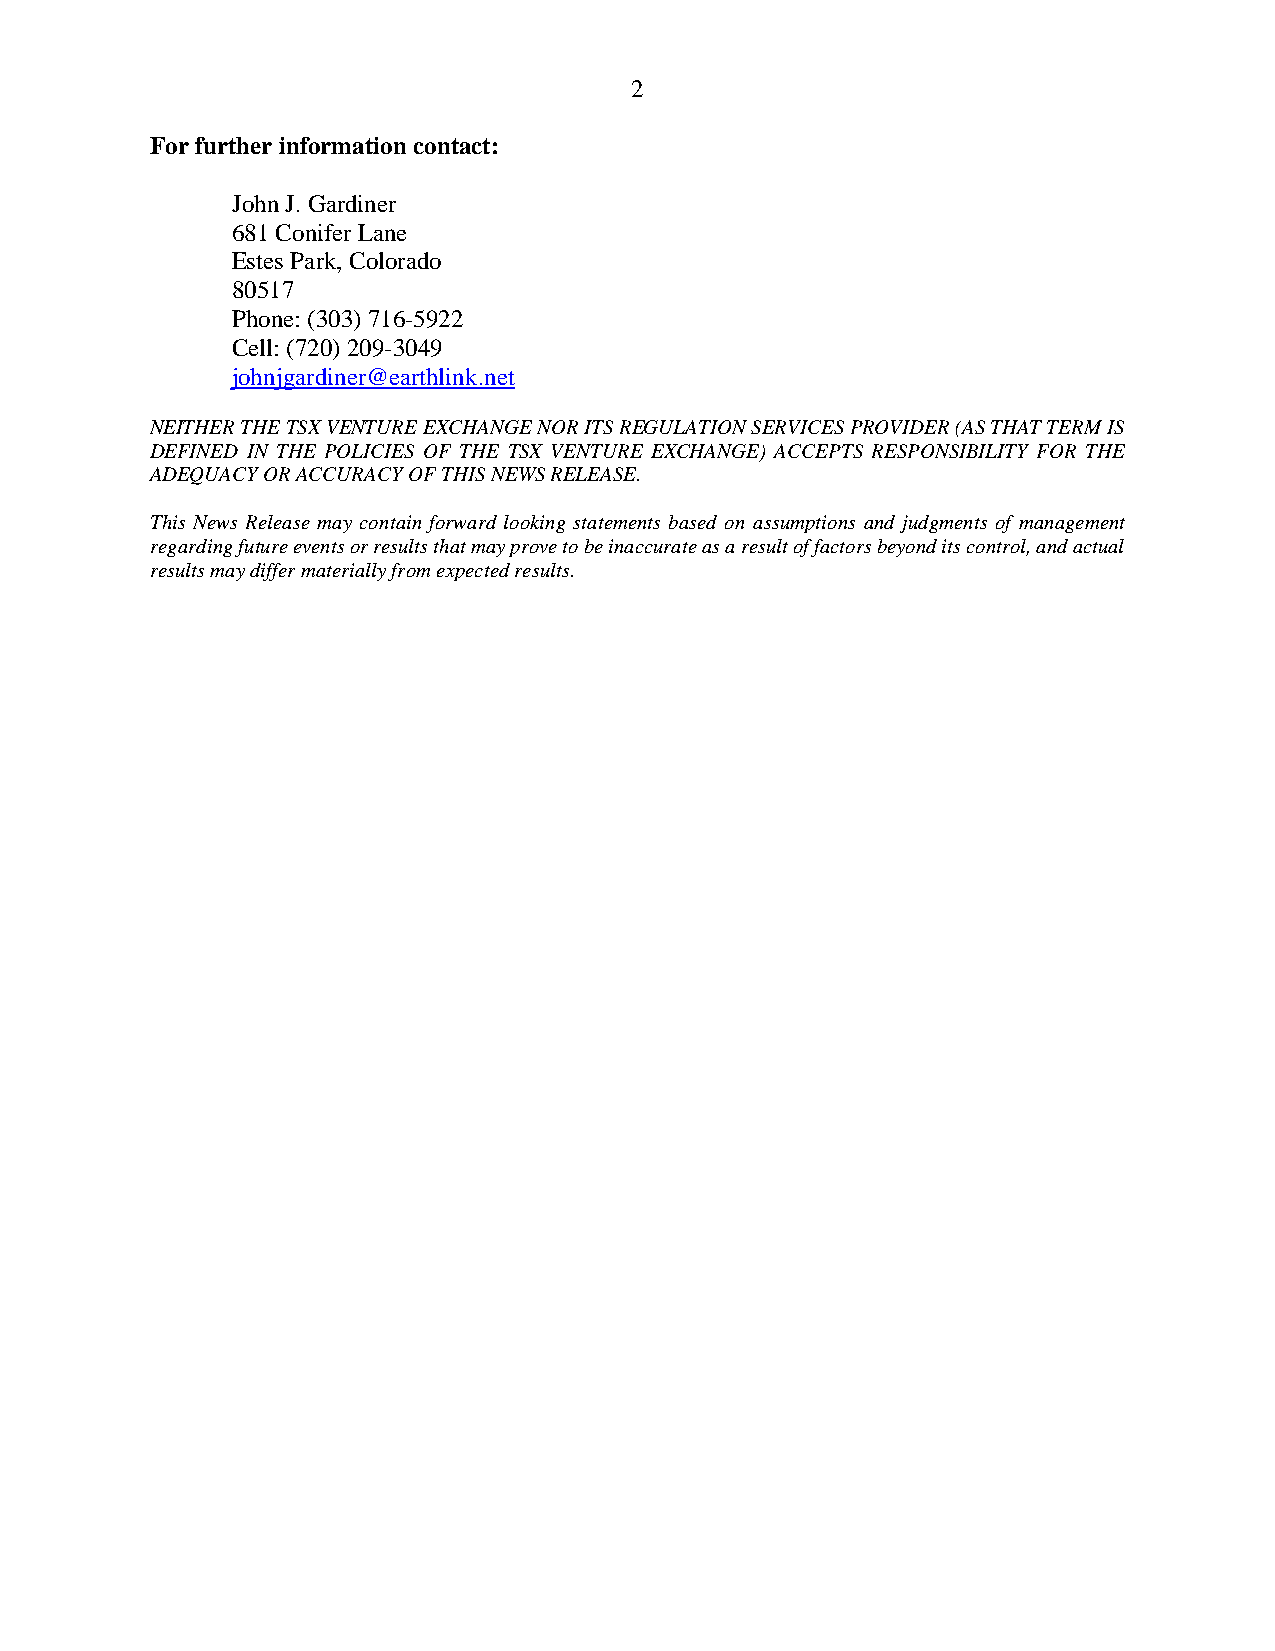
2
 For further information contact:
 John J. Gardiner
 681 Conifer Lane
 Estes Park, Colorado
 80517
 Phone: (303) 716-5922
 Cell: (720) 209-3049
 johnjgardiner@earthlink.net
 NEITHER THE TSX VENTURE EXCHANGE NOR ITS REGULATION SERVICES PROVIDER (AS THAT TERM IS
 DEFINED IN THE POLICIES OF THE TSX VENTURE EXCHANGE) ACCEPTS RESPONSIBILITY FOR THE
 ADEQUACY OR ACCURACY OF THIS NEWS RELEASE.
 This News Release may contain forward looking statements based on assumptions and judgments of management
 regarding future events or results that may prove to be inaccurate as a result of factors beyond its control, and actual
 results may differ materially from expected results.